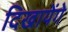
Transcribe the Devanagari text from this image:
दिखायेंगे